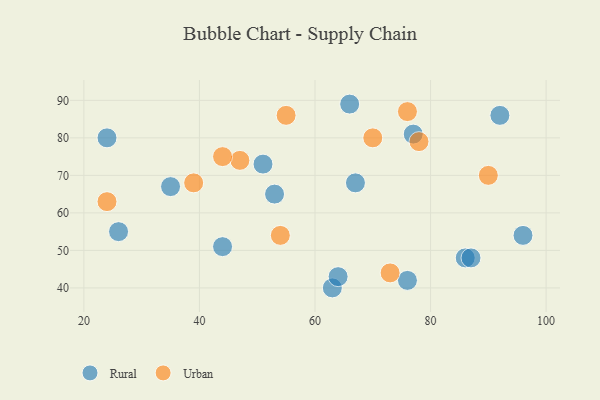
{"axis": {"x": "GDP", "y": "Life Expectancy"}, "legend": ["Rural", "Urban"], "data": [{"x": "76", "y": 42, "type": "Rural"}, {"x": "86", "y": 48, "type": "Rural"}, {"x": "96", "y": 54, "type": "Rural"}, {"x": "92", "y": 86, "type": "Rural"}, {"x": "44", "y": 51, "type": "Rural"}, {"x": "51", "y": 73, "type": "Rural"}, {"x": "26", "y": 55, "type": "Rural"}, {"x": "35", "y": 67, "type": "Rural"}, {"x": "67", "y": 68, "type": "Rural"}, {"x": "66", "y": 89, "type": "Rural"}, {"x": "63", "y": 40, "type": "Rural"}, {"x": "64", "y": 43, "type": "Rural"}, {"x": "53", "y": 65, "type": "Rural"}, {"x": "77", "y": 81, "type": "Rural"}, {"x": "24", "y": 80, "type": "Rural"}, {"x": "87", "y": 48, "type": "Rural"}, {"x": "47", "y": 74, "type": "Urban"}, {"x": "24", "y": 63, "type": "Urban"}, {"x": "44", "y": 75, "type": "Urban"}, {"x": "54", "y": 54, "type": "Urban"}, {"x": "90", "y": 70, "type": "Urban"}, {"x": "73", "y": 44, "type": "Urban"}, {"x": "78", "y": 79, "type": "Urban"}, {"x": "39", "y": 68, "type": "Urban"}, {"x": "76", "y": 87, "type": "Urban"}, {"x": "55", "y": 86, "type": "Urban"}, {"x": "70", "y": 80, "type": "Urban"}]}